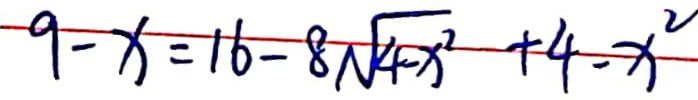
9 - x = 1 6 - 8 \sqrt { 4 - x ^ { 2 } } + 4 - x ^ { 2 }